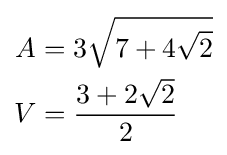
{\begin{aligned}A&=3{\sqrt {7+4{\sqrt {2}}}}\\V&={\frac {3+2{\sqrt {2}}}{2}}\end{aligned}}